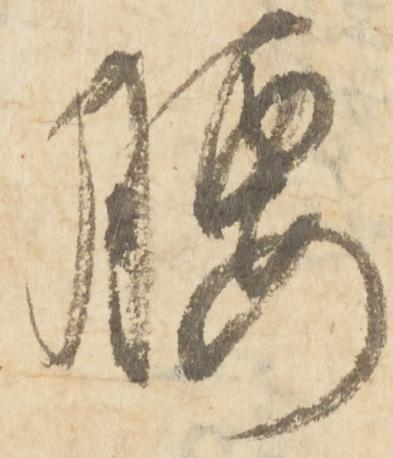
腰